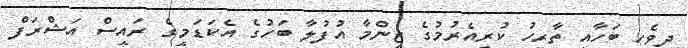
ދިވެހި ބަހާއި ތާރީހު ކުރިއެރުމުގެ ޒިންމާ އުފުލާ ބަހުގެ އެކަޑަމީގެ ރައީސް އަޝްރަފް